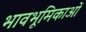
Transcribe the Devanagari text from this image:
भावभूमिकाओं